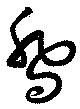
喬